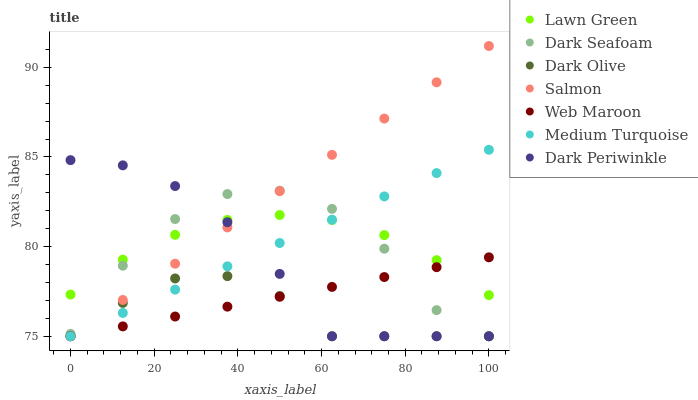
| xaxis_label | Lawn Green | Dark Seafoam | Dark Olive | Salmon | Web Maroon | Medium Turquoise | Dark Periwinkle |
 | --- | --- | --- | --- | --- | --- | --- | --- |
 | 0 | 77.3 | 75.1 | 75 | 75 | 75 | 75 | 84.8 |
 | 12.5 | 79.3 | 78.9 | 76.9 | 77 | 75.6 | 76.3 | 84.5 |
 | 25 | 80.7 | 81.5 | 78.2 | 79 | 76.1 | 77.6 | 83.4 |
 | 37.5 | 81.5 | 82.9 | 78.4 | 81.1 | 76.7 | 78.9 | 81.4 |
 | 50 | 81.8 | 83.1 | 77.2 | 83.1 | 77.2 | 80.2 | 78.5 |
 | 62.5 | 81.5 | 82.1 | 75 | 85.1 | 77.8 | 81.5 | 75 |
 | 75 | 80.6 | 79.9 | 75 | 87.1 | 78.3 | 82.8 | 75 |
 | 87.5 | 79.2 | 76.5 | 75 | 89.2 | 78.9 | 84.1 | 75 |
 | 100 | 77.3 | 75 | 75 | 91.2 | 79.4 | 85.4 | 75 |